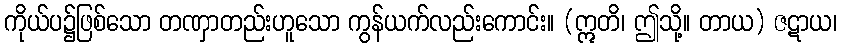
ကိုယ်ပ၌ဖြစ်သော တဏှာတည်းဟူသော ကွန်ယက်လည်းကောင်း။ (ဣတိ၊ ဤသို့။ တာယ) ဇဋာယ၊